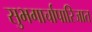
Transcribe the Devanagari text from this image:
सुभगार्चापारिजात